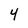
Character: 4